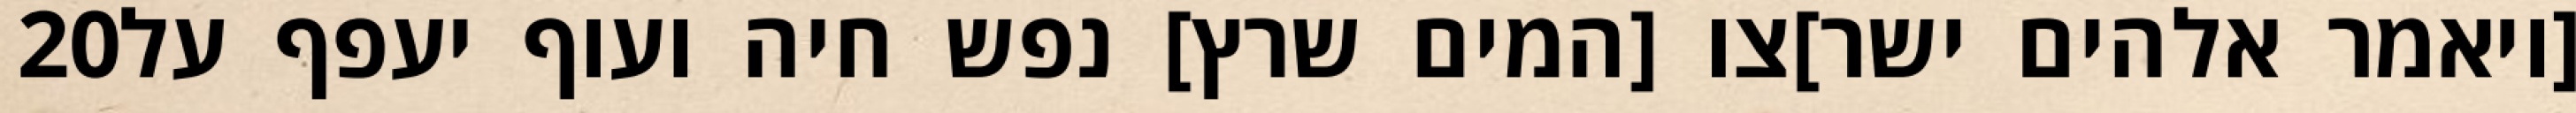
‎20‏ [ויאמר אלהים ישר]צו [המים שרץ] נפש חיה ועוף יעפף על